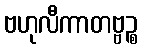
ဗဟုလီကာတဗ္ဗဉ္စ